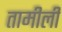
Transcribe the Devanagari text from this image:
तामीली